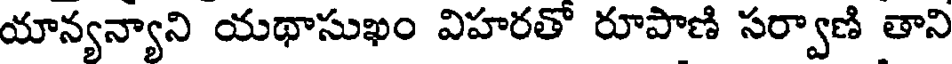
యాన్యన్యాని యథాసుఖం విహరతొ రూపాణి సర్వాణి తాని